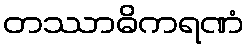
တဿာဓိကရဏံ